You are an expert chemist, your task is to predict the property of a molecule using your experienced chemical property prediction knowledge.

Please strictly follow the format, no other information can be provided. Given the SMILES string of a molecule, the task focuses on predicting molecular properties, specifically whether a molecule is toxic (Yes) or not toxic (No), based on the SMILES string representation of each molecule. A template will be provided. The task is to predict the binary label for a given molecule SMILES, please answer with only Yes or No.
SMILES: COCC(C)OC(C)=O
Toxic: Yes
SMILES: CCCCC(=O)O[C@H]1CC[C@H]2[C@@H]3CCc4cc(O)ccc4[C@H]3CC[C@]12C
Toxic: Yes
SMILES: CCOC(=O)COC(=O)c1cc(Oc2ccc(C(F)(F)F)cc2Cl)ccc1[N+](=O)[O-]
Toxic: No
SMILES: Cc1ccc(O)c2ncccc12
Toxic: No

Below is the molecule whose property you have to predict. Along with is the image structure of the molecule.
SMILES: O=C1C(=Cc2cccs2)CCCC1=Cc1cccs1
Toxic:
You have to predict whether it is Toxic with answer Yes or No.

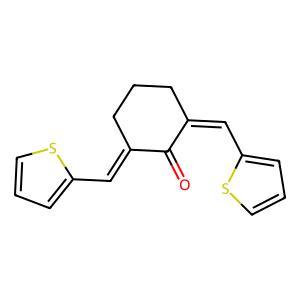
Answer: No